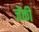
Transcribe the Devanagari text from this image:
जेंकी